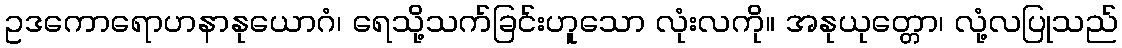
ဥဒကောရောဟနာနုယောဂံ၊ ရေသို့သက်ခြင်းဟူသော လုံးလကို။ အနုယုတ္တော၊ လုံ့လပြုသည်